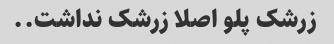
زرشک پلو اصلا زرشک نداشت..